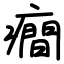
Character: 癎